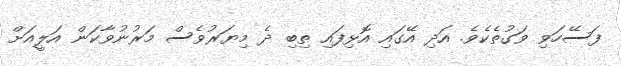
ފަސޭހަވި ވަގުތެކެވެ. އަދި އޭގައި އޮޅިފައި ތިބި ދެ މިޔަރުވެސް މަރުނުވާކަން އަލީއަށް